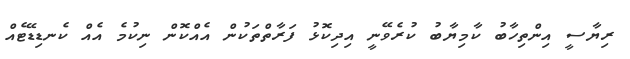
ރިޔާސީ އިންތިހާބު ކާމިޔާބު ކުރެވޭނީ އިދިކޮޅު ފަރާތްތަކުން އެއްކޮން ނިކުމެ އެއް ކެނޑިޑޭޓެއް